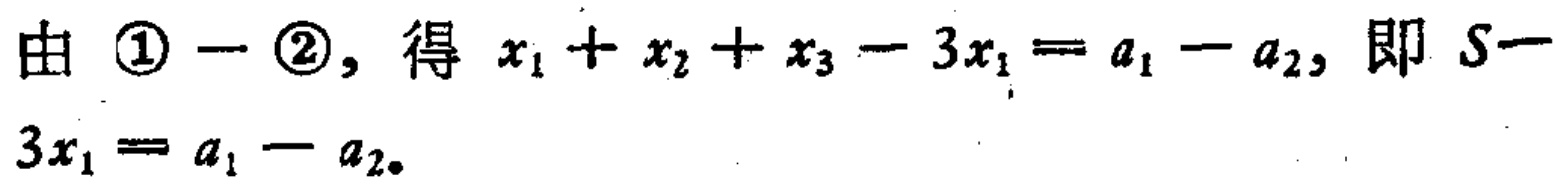
由 \(\textcircled{1}-\textcircled{2}\)，得 \(x_{1}+x_{2}+x_{3}-3x_{1}=a_{1}-a_{2}\)，即 \(S - 3x_{1}=a_{1}-a_{2}\)。